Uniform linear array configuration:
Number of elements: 64
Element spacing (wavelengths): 0.25
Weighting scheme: cosine
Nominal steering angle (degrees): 60
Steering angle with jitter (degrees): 58.601
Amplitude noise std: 0.05
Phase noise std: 0.05

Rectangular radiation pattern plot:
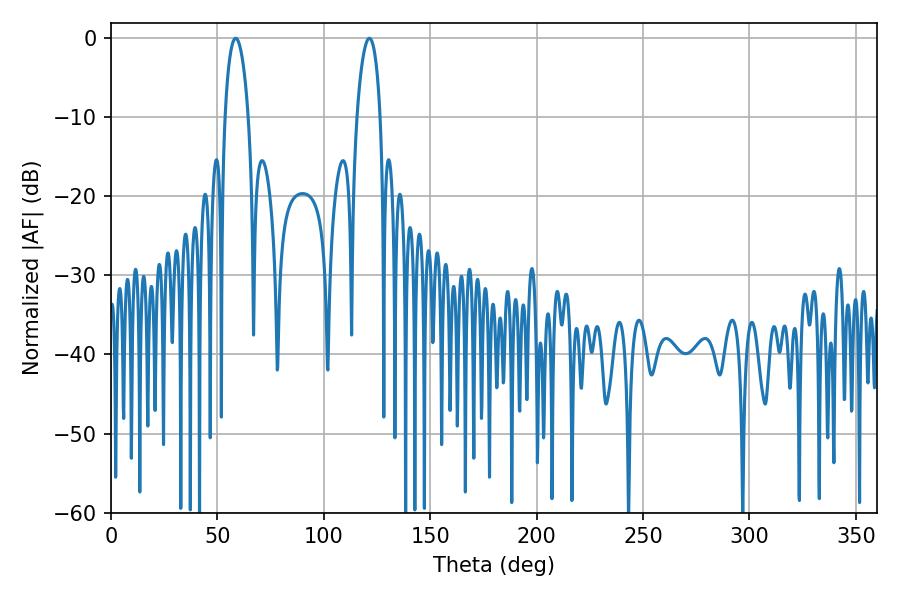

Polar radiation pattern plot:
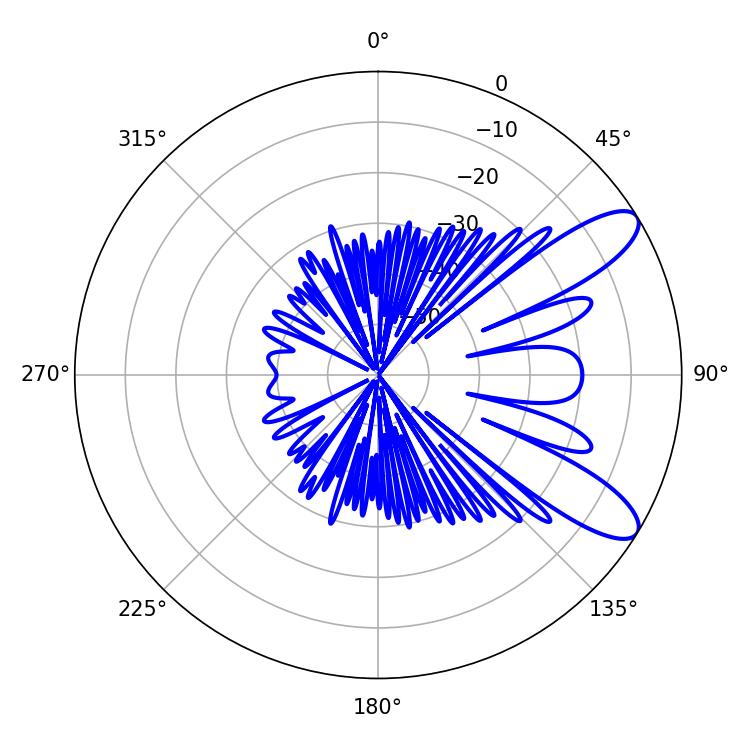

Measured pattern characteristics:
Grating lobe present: FALSE
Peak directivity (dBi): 9.855
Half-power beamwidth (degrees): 6.3
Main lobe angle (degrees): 58.68